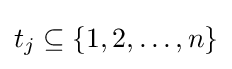
t_{j}\subseteq \{1,2,\ldots ,n\}